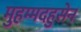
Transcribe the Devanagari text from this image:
मुहम्मदहुसेन